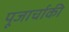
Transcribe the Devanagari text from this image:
पूजार्चाकी